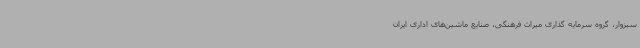
سبزوار، گروه سرمایه‌ گذاری میراث فرهنگی، صنایع ماشین‌های اداری ایران